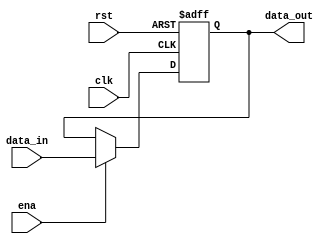
module pcreg(
    input clk, //1 λ룬ĴʱźţʱΪPC Ĵֵ
    input rst, //1 λ룬첽źţߵƽʱPC Ĵ
               //עena źЧʱrst ҲüĴ
    input ena, //1 λ,ЧźŸߵƽʱPC Ĵdata_in
               //ֵ򱣳ԭ
    input [31:0] data_in, //32 λ룬ݽĴڲ
    output reg [31:0] data_out //32 λʱʼ PC
                               //Ĵڲ洢ֵ
    );
    always @(posedge clk or posedge rst)
    begin
        if(rst==1)
        begin
            data_out=8'h00000000;
        end
        else
        begin
            if(ena==1)
                data_out=data_in;
        end
    end
endmodule